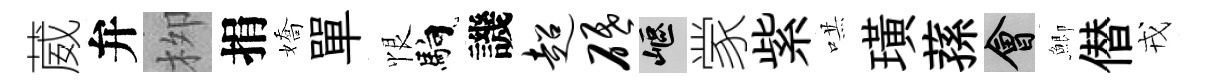
葳弁栁捐嬌單恨馿譏超砥嶇䝉紫哄璜蓀會鯽僣戎